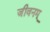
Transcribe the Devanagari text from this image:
जीवनम्